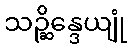
သဉ္ဆိန္ဒေယျုံ